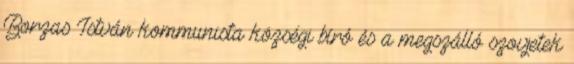
Borzas István kommunista községi bíró és a megszálló szovjetek